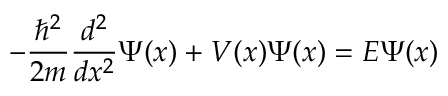
- { \frac { \hbar ^ { 2 } } { 2 m } } { \frac { d ^ { 2 } } { d x ^ { 2 } } } \Psi ( x ) + V ( x ) \Psi ( x ) = E \Psi ( x )